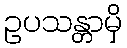
ဥပသန္တာမှိ